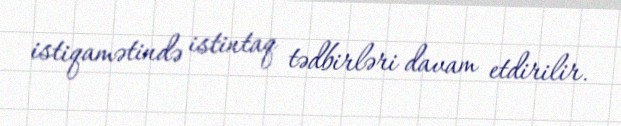
istiqamətində istintaq tədbirləri davam etdirilir.